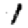
Digit: 1